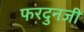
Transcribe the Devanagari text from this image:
फरदुनजी